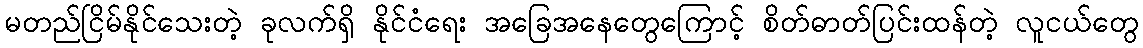
မတည်ငြိမ်နိုင်သေးတဲ့ ခုလက်ရှိ နိုင်ငံရေး အခြေအနေတွေကြောင့် စိတ်ဓာတ်ပြင်းထန်တဲ့ လူငယ်တွေ